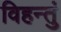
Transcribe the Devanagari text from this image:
विहन्तुं